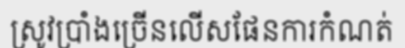
ស្រូវប្រាំងច្រើនលើសផែនការកំណត់